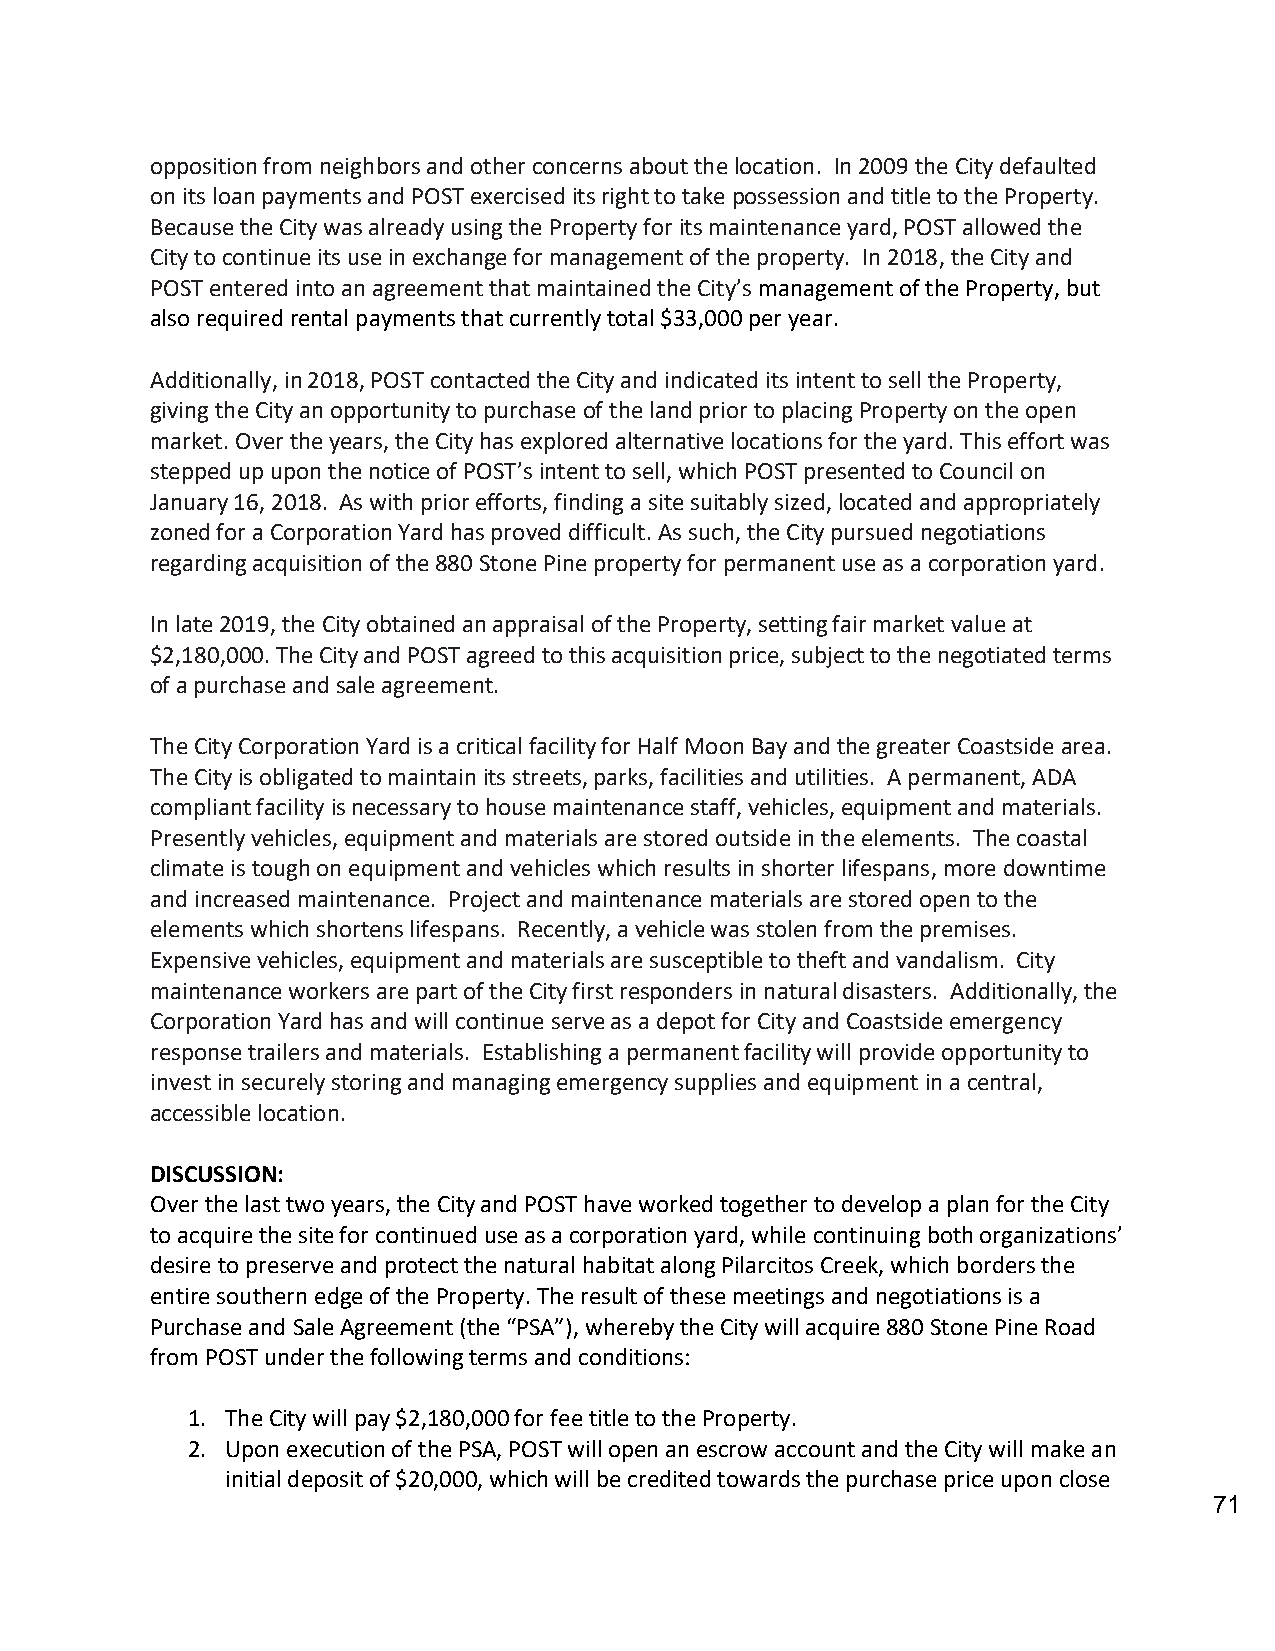
opposition from neighbors and other concerns about the location. In 2009 the City defaulted
 on its loan payments and POST exercised its right to take possession and title to the Property.
 Because the City was already using the Property for its maintenance yard, POST allowed the
 City to continue its use in exchange for management of the property. In 2018, the City and
 POST entered into an agreement that maintained the City’s management of the Property, but
 also required rental payments that currently total $33,000 per year.
 Additionally, in 2018, POST contacted the City and indicated its intent to sell the Property,
 giving the City an opportunity to purchase of the land prior to placing Property on the open
 market. Over the years, the City has explored alternative locations for the yard. This effort was
 stepped up upon the notice of POST’s intent to sell, which POST presented to Council on
 January 16, 2018. As with prior efforts, finding a site suitably sized, located and appropriately
 zoned for a Corporation Yard has proved difficult. As such, the City pursued negotiations
 regarding acquisition of the 880 Stone Pine property for permanent use as a corporation yard.
 In late 2019, the City obtained an appraisal of the Property, setting fair market value at
 $2,180,000. The City and POST agreed to this acquisition price, subject to the negotiated terms
 of a purchase and sale agreement.
 The City Corporation Yard is a critical facility for Half Moon Bay and the greater Coastside area.
 The City is obligated to maintain its streets, parks, facilities and utilities. A permanent, ADA
 compliant facility is necessary to house maintenance staff, vehicles, equipment and materials.
 Presently vehicles, equipment and materials are stored outside in the elements. The coastal
 climate is tough on equipment and vehicles which results in shorter lifespans, more downtime
 and increased maintenance. Project and maintenance materials are stored open to the
 elements which shortens lifespans. Recently, a vehicle was stolen from the premises.
 Expensive vehicles, equipment and materials are susceptible to theft and vandalism. City
 maintenance workers are part of the City first responders in natural disasters. Additionally, the
 Corporation Yard has and will continue serve as a depot for City and Coastside emergency
 response trailers and materials. Establishing a permanent facility will provide opportunity to
 invest in securely storing and managing emergency supplies and equipment in a central,
 accessible location.
 DISCUSSION:
 Over the last two years, the City and POST have worked together to develop a plan for the City
 to acquire the site for continued use as a corporation yard, while continuing both organizations’
 desire to preserve and protect the natural habitat along Pilarcitos Creek, which borders the
 entire southern edge of the Property. The result of these meetings and negotiations is a
 Purchase and Sale Agreement (the “PSA”), whereby the City will acquire 880 Stone Pine Road
 from POST under the following terms and conditions:
 1. The City will pay $2,180,000 for fee title to the Property.
 2. Upon execution of the PSA, POST will open an escrow account and the City will make an
 initial deposit of $20,000, which will be credited towards the purchase price upon close
 71